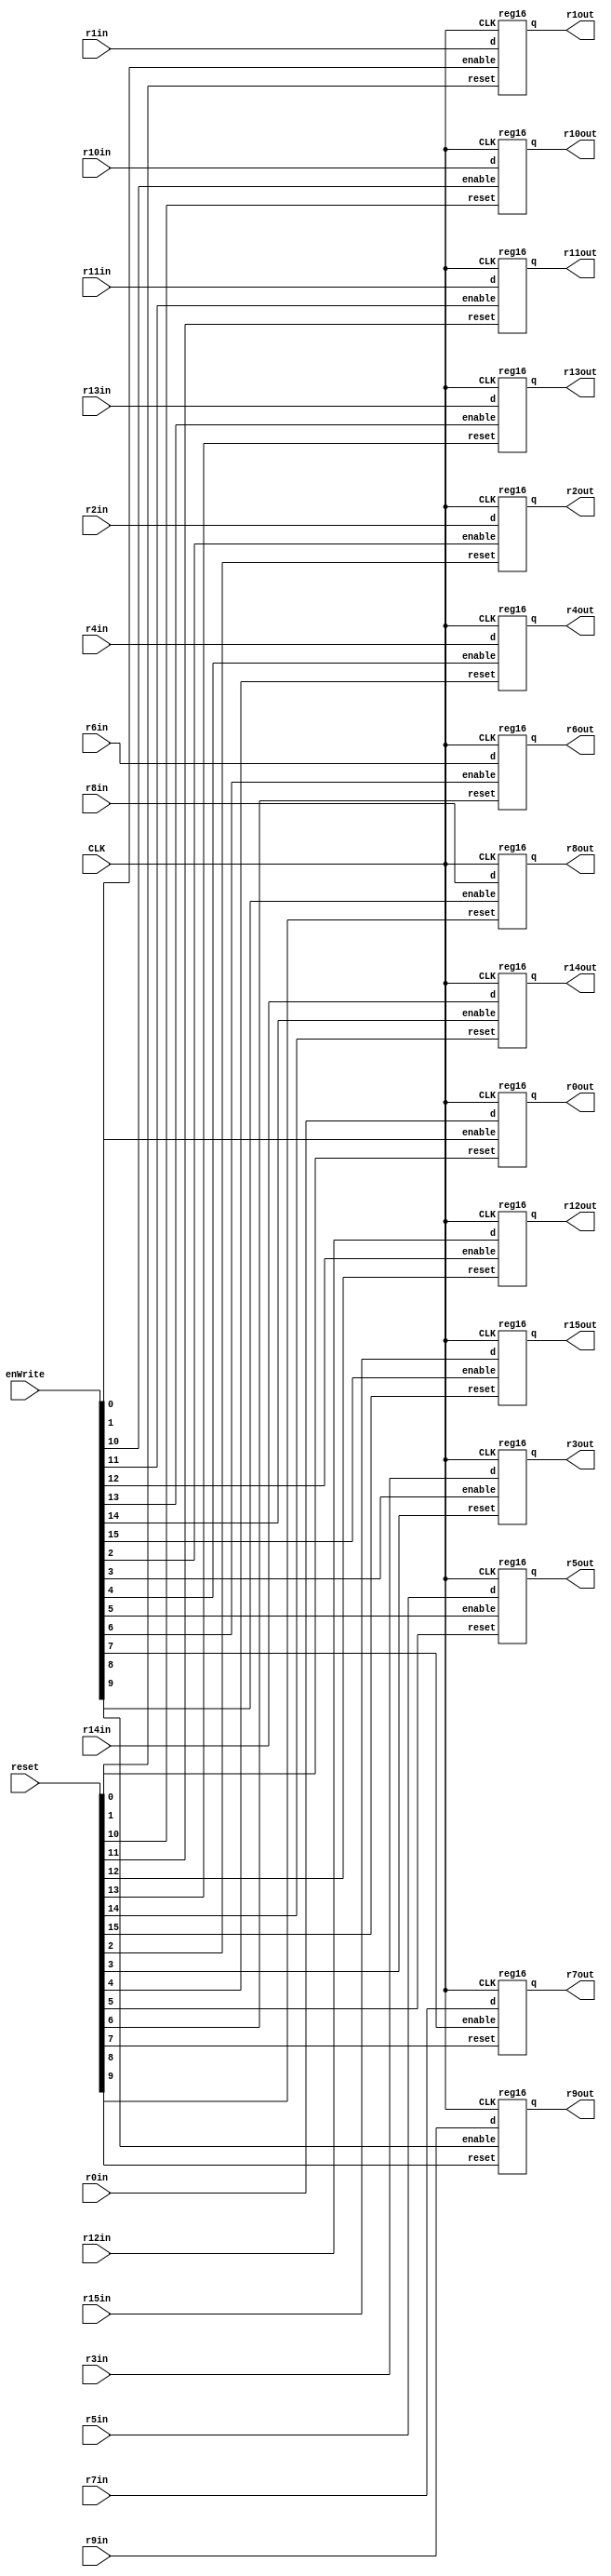
`timescale 1ns / 1ps
//////////////////////////////////////////////////////////////////////////////////
// Company: 
// 
// Module Name:    RegFile 
// Description: RegFile instantiates 16 16-bit registers.
//
// Module Name:	   reg16
// Description: reg16 is a 16-bit register
//
// Module Name:    mux16_to_1_16bit
// Description: mux16_to_1_16bit is a 16-bit wide 16 to 1 selector mux for reading from the RegFile
//
// Module Name:    mux2_to_1_16bit
// Description: mux2_to_1_16bit is a 16-bit wide 2 to 1 selector mux for selecting either the value
//      from the RegFile or an Immediate.
//
// Module Name:    block_Mem
// Description: block_Mem is an incomplete memory module.  Currently unused.
//
//////////////////////////////////////////////////////////////////////////////////
module RegFile(
	 input CLK,
	 input [15:0] r0in, r1in, r2in, r3in, r4in, r5in, r6in, r7in, r8in, r9in, r10in, r11in, r12in, r13in, r14in, r15in, enWrite, reset,
	 output [15:0] r0out, r1out, r2out, r3out, r4out, r5out, r6out, r7out, r8out, r9out, r10out, r11out, r12out, r13out, r14out, r15out
    );
	// Instantiate all 16-bit registers with the correct write-enable and reset inputs
	reg16 r0(CLK, enWrite[0], reset[0], r0in, r0out);
	reg16 r1(CLK, enWrite[1], reset[1], r1in, r1out);
	reg16 r2(CLK, enWrite[2], reset[2], r2in, r2out);
	reg16 r3(CLK, enWrite[3], reset[3], r3in, r3out);
	reg16 r4(CLK, enWrite[4], reset[4], r4in, r4out);
	reg16 r5(CLK, enWrite[5], reset[5], r5in, r5out);
	reg16 r6(CLK, enWrite[6], reset[6], r6in, r6out);
	reg16 r7(CLK, enWrite[7], reset[7], r7in, r7out);
	reg16 r8(CLK, enWrite[8], reset[8], r8in, r8out);
	reg16 r9(CLK, enWrite[9], reset[9], r9in, r9out);
	reg16 r10(CLK, enWrite[10], reset[10], r10in, r10out);
	reg16 r11(CLK, enWrite[11], reset[11], r11in, r11out);
	reg16 r12(CLK, enWrite[12], reset[12], r12in, r12out);
	reg16 r13(CLK, enWrite[13], reset[13], r13in, r13out);
	reg16 r14(CLK, enWrite[14], reset[14], r14in, r14out);
	reg16 r15(CLK, enWrite[15], reset[15], r15in, r15out);
endmodule

module reg16(
	input CLK,
	input enable,
	input reset,
	input [15:0] d,
	output reg [15:0] q
	);
	
	always @ (posedge CLK) begin
		if (reset) q <= 16'b0;
		else begin
			if (enable) q <= d;
			else q <= q;
		end
	end
	
endmodule

module mux16_to_1_16bit(
	input [15:0] a0,
	input [15:0] a1,
	input [15:0] a2,
	input [15:0] a3,
	input [15:0] a4,
	input [15:0] a5,
	input [15:0] a6,
	input [15:0] a7,
	input [15:0] a8,
	input [15:0] a9,
	input [15:0] a10,
	input [15:0] a11,
	input [15:0] a12,
	input [15:0] a13,
	input [15:0] a14,
	input [15:0] a15,
	input [3:0] select,
	output reg [15:0] out
	);
	
	always @ (*) begin
			case(select)
			0: out = a0;
			1: out = a1;
			2: out = a2;
			3: out = a3;
			4: out = a4;
			5: out = a5;
			6: out = a6;
			7: out = a7;
			8: out = a8;
			9: out = a9;
			10: out = a10;
			11: out = a11;
			12: out = a12;
			13: out = a13;
			14: out = a14;
			15: out = a15;
			default: out = a0;
		endcase
	end
	
endmodule

module mux2_to_1_16bit(
	input [15:0] a0,
	input [15:0] a1,
	input sel,
	output reg [15:0] b
	);
	
	always @ (*) begin
		case (sel)
			0: b = a0;
			1: b = a1;
			default: b = 16'b0;
		endcase
	end
endmodule